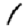
Digit: 1